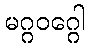
မဂ္ဂဝဂ္ဂေါ